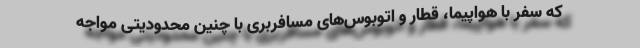
که سفر با هواپیما، قطار و اتوبوس‌های مسافربری با چنین محدودیتی مواجه